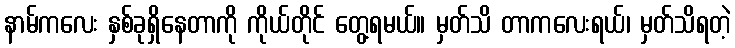
နာမ်ကလေး နှစ်ခုရှိနေတာကို ကိုယ်တိုင် တွေ့ရမယ်။ မှတ်သိ တာကလေးရယ်၊ မှတ်သိရတဲ့